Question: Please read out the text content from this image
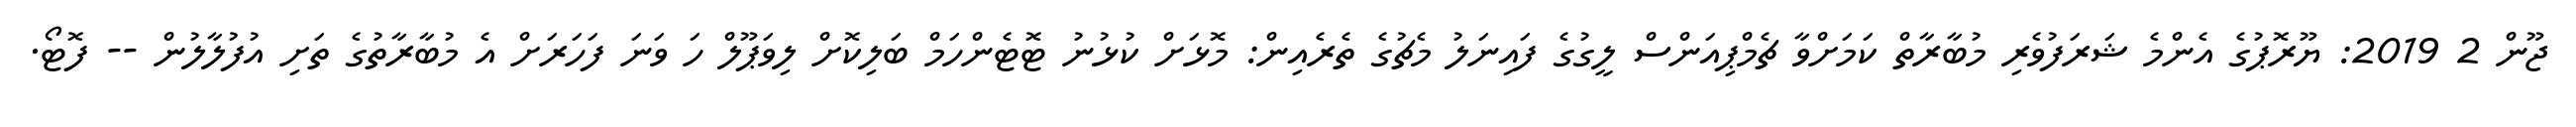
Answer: ޖޫން 2 2019: ޔޫރޮޕުގެ އެންމެ ޝަރަފުވެރި މުބާރާތް ކަމަށްވާ ޗެމްޕިއަންސް ލީގުގެ ފައިނަލު މެޗުގެ ތެރެއިން: މޮޅަށް ކުޅުނު ޓޮޓެންހަމް ބަލިކޮށް ލިވަޕޫލް ހަ ވަނަ ފަހަރަށް އެ މުބާރާތުގެ ތަށި އުފުލާލުން -- ފޮޓޯ.